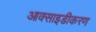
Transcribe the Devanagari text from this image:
आक्साइडीकरण